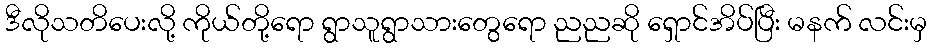
ဒီလိုသတိပေးလို့ ကိုယ်တို့ရော ရွာသူရွာသားတွေရော ညညဆို ရှောင်အိပ်ပြီး မနက် လင်းမှ